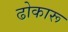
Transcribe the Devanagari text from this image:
ढोकारू